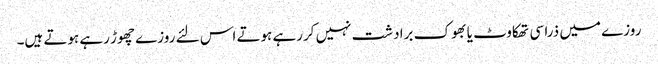
روزے میں ذرا سی تھکاوٹ یا بھوک برادشت نہیں کررہے ہوتے اس لئے روزے چھوڑ رہے ہوتے ہیں۔